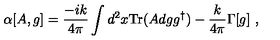
\alpha [ A , g ] = \frac { - i k } { 4 \pi } \int d ^ { 2 } x \mathrm { T r } ( A d g g ^ { \dagger } ) - \frac { k } { 4 \pi } \Gamma [ g ] \ ,